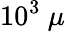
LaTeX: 10^{3}~\mu